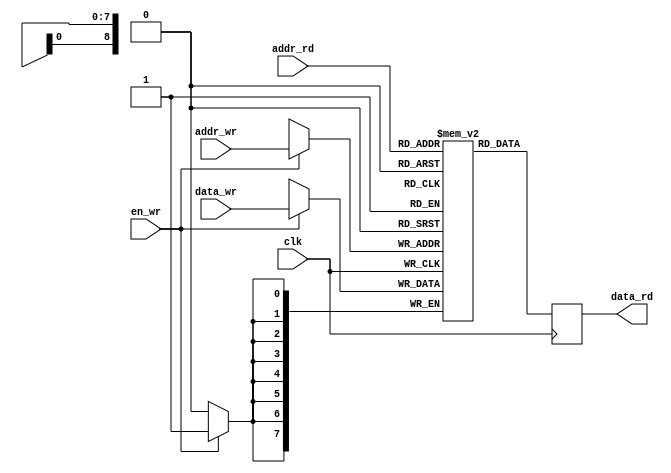
`default_nettype none

module bram(
    input wire clk,
    input wire en_wr,
    input wire [8:0] addr_rd,
    input wire [8:0] addr_wr,
    input wire [7:0] data_wr,
    output reg [7:0] data_rd
);
  reg [7:0] memory [0:511];

  always @(posedge clk) begin
    data_rd <= memory[addr_rd];
  end

  always @(posedge clk) begin
    if (en_wr) begin
      memory[addr_wr] <= data_wr;
    end
  end
endmodule